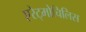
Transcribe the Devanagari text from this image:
एरेट्मोचिलिस